Civil Veterinary Department. United Provinces 1912-22 - 1912-1922
Year: 1912
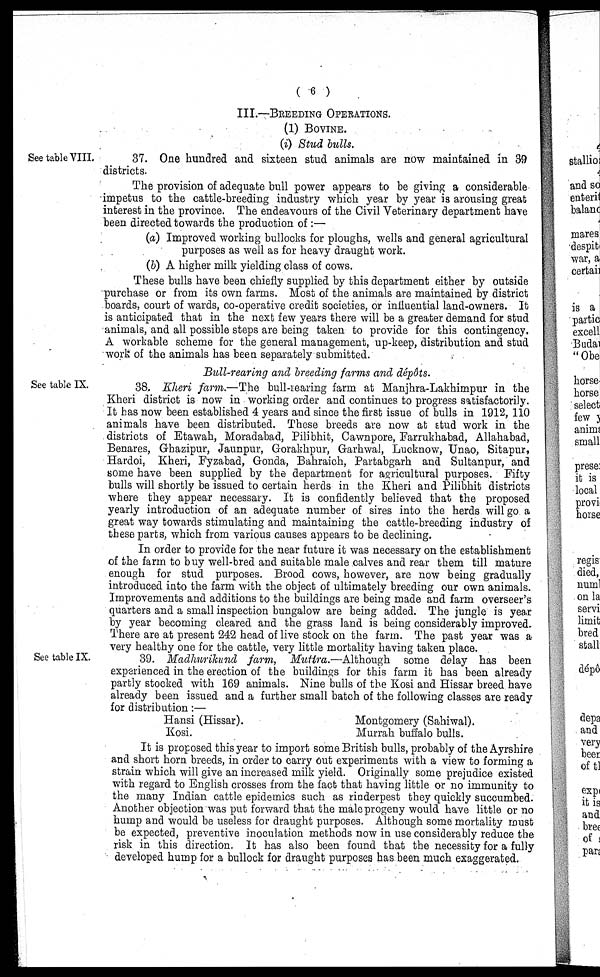
(6)
III.—BREEDING OPERATIONS.
(1) BOVINES.
(i) Stud bulls.
See table VIII.
37. One hundred and sixteen stud animals are now maintained in 39
districts.
The provision of adequate bull power appears to be giving a considerable
impetus to the cattle-breeding industry which year by year is arousing great
interest in the province. The endeavours of the Civil Veterinary department have
been directed towards the production of:—
(a) Improved working bullocks for ploughs, wells and general agricultural
purposes as well as for heavy draught work.
(b) A higher milk yielding class of cows.
These bulls have been chiefly supplied by this department either by outside
purchase or from its own farms. Most of the animals are maintained by district
boards, court of wards, co-operative credit societies, or influential land-owners. It
is anticipated that in the next few years there will be a greater demand for stud
animals, and all possible steps are being taken to provide for this contingency.
A workable scheme for the general management, up-keep, distribution and stud
work of the animals has been separately submitted.
Bull-rearing and breeding farms and dépôts.
See table IX.
38. Kheri farm.—The bull-rearing farm at Manjhra-Lakhimpur in the
Kheri district is now in working order and continues to progress satisfactorily.
It has now been established 4 years and since the first issue of bulls in 1912, 110
animals have been distributed. These breeds are now at stud work in the
districts of Etawah, Moradabad, Pilibhit, Cawnpore, Farrukhabad, Allahabad,
Benares, Ghazipur, Jaunpur, Gorakhpur, Garhwal, Lucknow, Unao, Sitapur,
Hardoi, Kheri, Fyzabad, Gonda, Bahraich, Partabgarh and Sultanpur, and
some have been supplied by the department for agricultural purposes. Fifty
bulls will shortly be issued to certain herds in the Kheri and Pilibhit districts
where they appear necessary. It is confidently believed that the proposed
yearly introduction of an adequate number of sires into the herds will go a
great way towards stimulating and maintaining the cattle-breeding industry of
these parts, which from various causes appears to be declining.
In order to provide for the near future it was necessary on the establishment
of the farm to buy well-bred and suitable male calves and rear them till mature
enough for stud purposes. Brood cows, however, are now being gradually
introduced into the farm with the object of ultimately breeding our own animals.
Improvements and additions to the buildings are being made and farm overseer's
quarters and a small inspection bungalow are being added. The jungle is year
by year becoming cleared and the grass land is being considerably improved.
There are at present 242 head of live stock on the farm. The past year was a
very healthy one for the cattle, very little mortality having taken place.
See table IX.
39. Madhurikund farm, Muttra.—Although some delay has been
experienced in the erection of the buildings for this farm it has been already
partly stocked with 169 animals. Nine bulls of the Kosi and Hissar breed have
already been issued and a further small batch of the following classes are ready
for distribution:—
Hansi (Hissar).
Kosi.
Montgomery (Sahiwal).
Murrah buffalo bulls.
It is proposed this year to import some British bulls, probably of the Ayrshire
and short horn breeds, in order to carry out experiments with a view to forming a
strain which will give an increased milk yield. Originally some prejudice existed
with regard to English crosses from the fact that having little or no immunity to
the many Indian cattle epidemics such as rinderpest they quickly succumbed.
Another objection was put forward that the male progeny would have little or no
hump and would be useless for draught purposes. Although some mortality must
be expected, preventive inoculation methods now in use considerably reduce the
risk in this direction. It has also been found that the necessity for a fully
developed hump for a bullock for draught purposes has been much exaggerated.